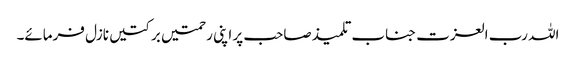
اللہ رب العزت جناب تلمیذ صاحب پر اپنی رحمتیں برکتیں نازل فرمائے۔